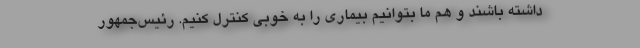
داشته باشند و هم ما بتوانیم بیماری را به خوبی کنترل کنیم. رئیس‌جمهور